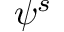
\psi ^ { s }